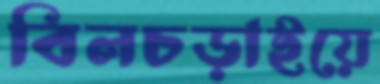
বিলচড়াইয়ে